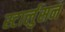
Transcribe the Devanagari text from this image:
स्टार्लुसन